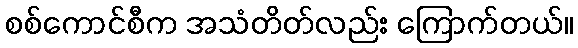
စစ်ကောင်စီက အသံတိတ်လည်း ကြောက်တယ်။